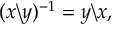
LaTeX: ( x \backslash y ) ^ { - 1 } = y \backslash x ,